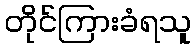
တိုင်ကြားခံရသူ